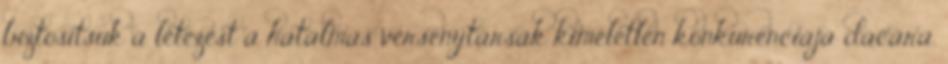
biztosítsuk a létezést a hatalmas versenytársak kíméletlen konkurenciája dacára.